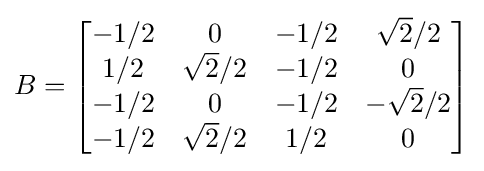
B={\begin{bmatrix}-1/2&0&-1/2&{\sqrt {2}}/2\\1/2&{\sqrt {2}}/2&-1/2&0\\-1/2&0&-1/2&-{\sqrt {2}}/2\\-1/2&{\sqrt {2}}/2&1/2&0\end{bmatrix}}